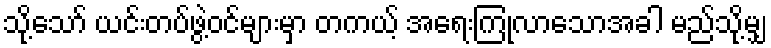
သို့သော် ယင်းတပ်ဖွဲ့ဝင်များမှာ တကယ့် အရေးကြုံလာသောအခါ မည်သို့မျှ